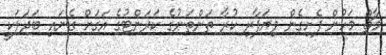
މާޗް މަހުން ފެށިގެން ވިޔަފާރި ކުރާ ތަންތަނުގެ ކަރަންޓުގެ އަގަށް ގެނައި ބަދަލަކީ